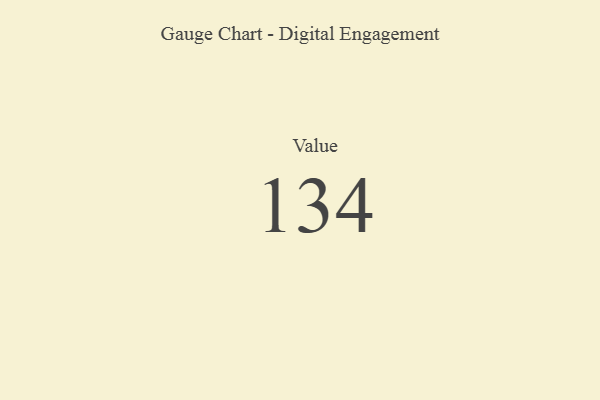
{"axis": {"x": "Metric", "y": "Value"}, "legend": [""], "data": [{"x": "Value", "y": 134, "type": ""}]}